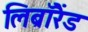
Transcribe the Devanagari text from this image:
लिब्रॉरैंड